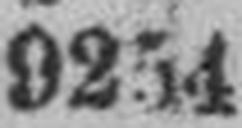
9254